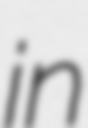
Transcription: in